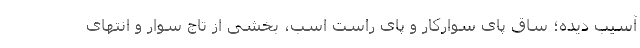
آسیب دیده؛ ساق پای سوارکار و پای راست اسب، بخشی از تاج سوار و انتهای